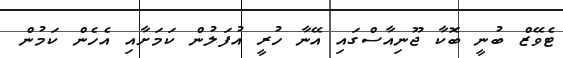
ޓެވޭޒް ބުނީ ބޮކާ ޖޫނިއާސްގައި އޭނާ ހުރީ އުފަލުން ކަމަށާއި އެހެން ކަމުން